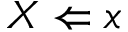
X \Leftarrow x